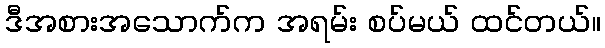
ဒီအစားအသောက်က အရမ်း စပ်မယ် ထင်တယ်။